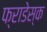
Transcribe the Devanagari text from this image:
फ्राडेस्क